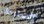
للإسترخاء